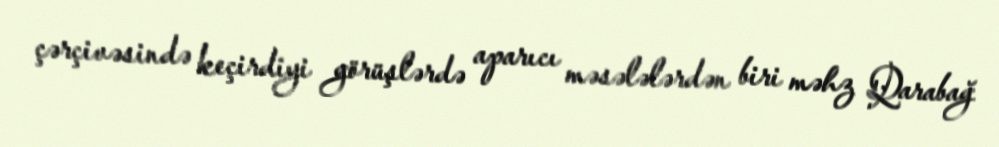
çərçivəsində keçirdiyi görüşlərdə aparıcı məsələlərdən biri məhz Qarabağ